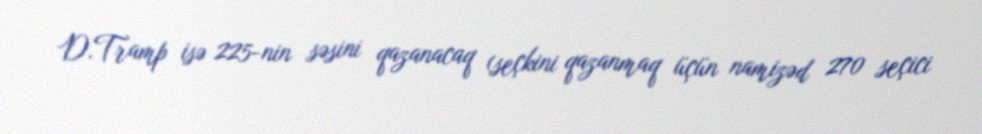
D.Tramp isə 225-nin səsini qazanacaq (seçkini qazanmaq üçün namizəd 270 seçici